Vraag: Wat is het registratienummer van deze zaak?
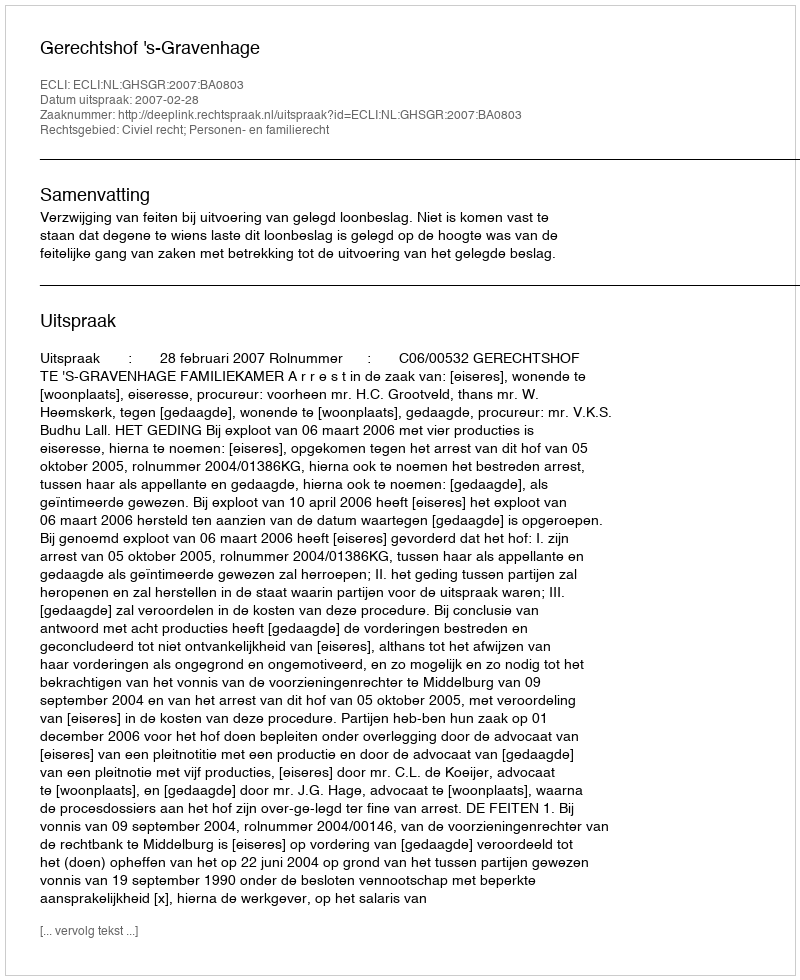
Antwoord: http://deeplink.rechtspraak.nl/uitspraak?id=ECLI:NL:GHSGR:2007:BA0803